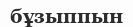
бұзыппын